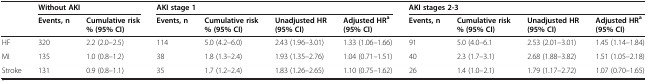
|  | <COLSPAN=2> Without AKI | <COLSPAN=4> AKI stage 1 | <COLSPAN=4> AKI stages 2-3 |
 |  | Events, n | Cumulative risk % (95% CI) | Events, n | Cumulative risk % (95% CI) | Unadjusted HR (95% CI) | Adjusted HRa(95% CI) | Events, n | Cumulative risk % (95% CI) | Unadjusted HR (95% CI) | Adjusted HRa(95% CI) |
 | --- | --- | --- | --- | --- | --- | --- | --- | --- | --- | --- |
 | HF | 320 | 2.2 (2.0–2.5) | 114 | 5.0 (4.2–6.0) | 2.43 (1.96–3.01) | 1.33 (1.06–1.66) | 91 | 5.0 (4.0–6.1 | 2.53 (2.01–3.01) | 1.45 (1.14–1.84) |
 | MI | 135 | 1.0 (0.8–1.2) | 38 | 1.8 (1.3–2.4) | 1.93 (1.35–2.76) | 1.04 (0.71–1.51) | 40 | 2.3 (1.7–3.1) | 2.68 (1.88–3.82) | 1.51 (1.05–2.18) |
 | Stroke | 131 | 0.9 (0.8–1.1) | 35 | 1.7 (1.2–2.4) | 1.83 (1.26–2.65) | 1.10 (0.75–1.62) | 26 | 1.4 (1.0–2.1) | 1.79 (1.17–2.72) | 1.07 (0.70–1.65) |